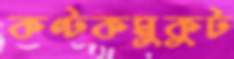
কণ্টকমুকুট